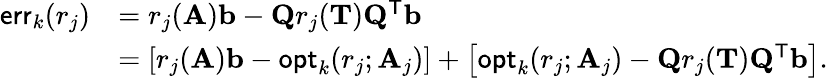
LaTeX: \begin{array}{rl}{\mathsf{err}_{k}(r_{j})}&{=r_{j}(\mathbf{A})\mathbf{b}-\mathbf{Q}r_{j}(\mathbf{T})\mathbf{Q}^{\mathsf{T}}\mathbf{b}}\\ &{=\left[r_{j}(\mathbf{A})\mathbf{b}-\mathsf{opt}_{k}(r_{j};\mathbf{A}_{j})\right]+\left[\mathsf{opt}_{k}(r_{j};\mathbf{A}_{j})-\mathbf{Q}r_{j}(\mathbf{T})\mathbf{Q}^{\mathsf{T}}\mathbf{b}\right].}\end{array}